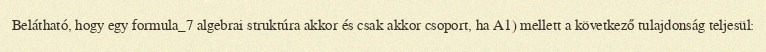
Belátható, hogy egy formula_7 algebrai struktúra akkor és csak akkor csoport, ha A1) mellett a következő tulajdonság teljesül: